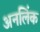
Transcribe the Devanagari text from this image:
अनलिंक